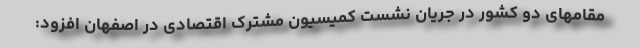
مقامهای دو کشور در جریان نشست کمیسیون مشترک اقتصادی در اصفهان افزود: